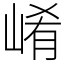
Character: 崤